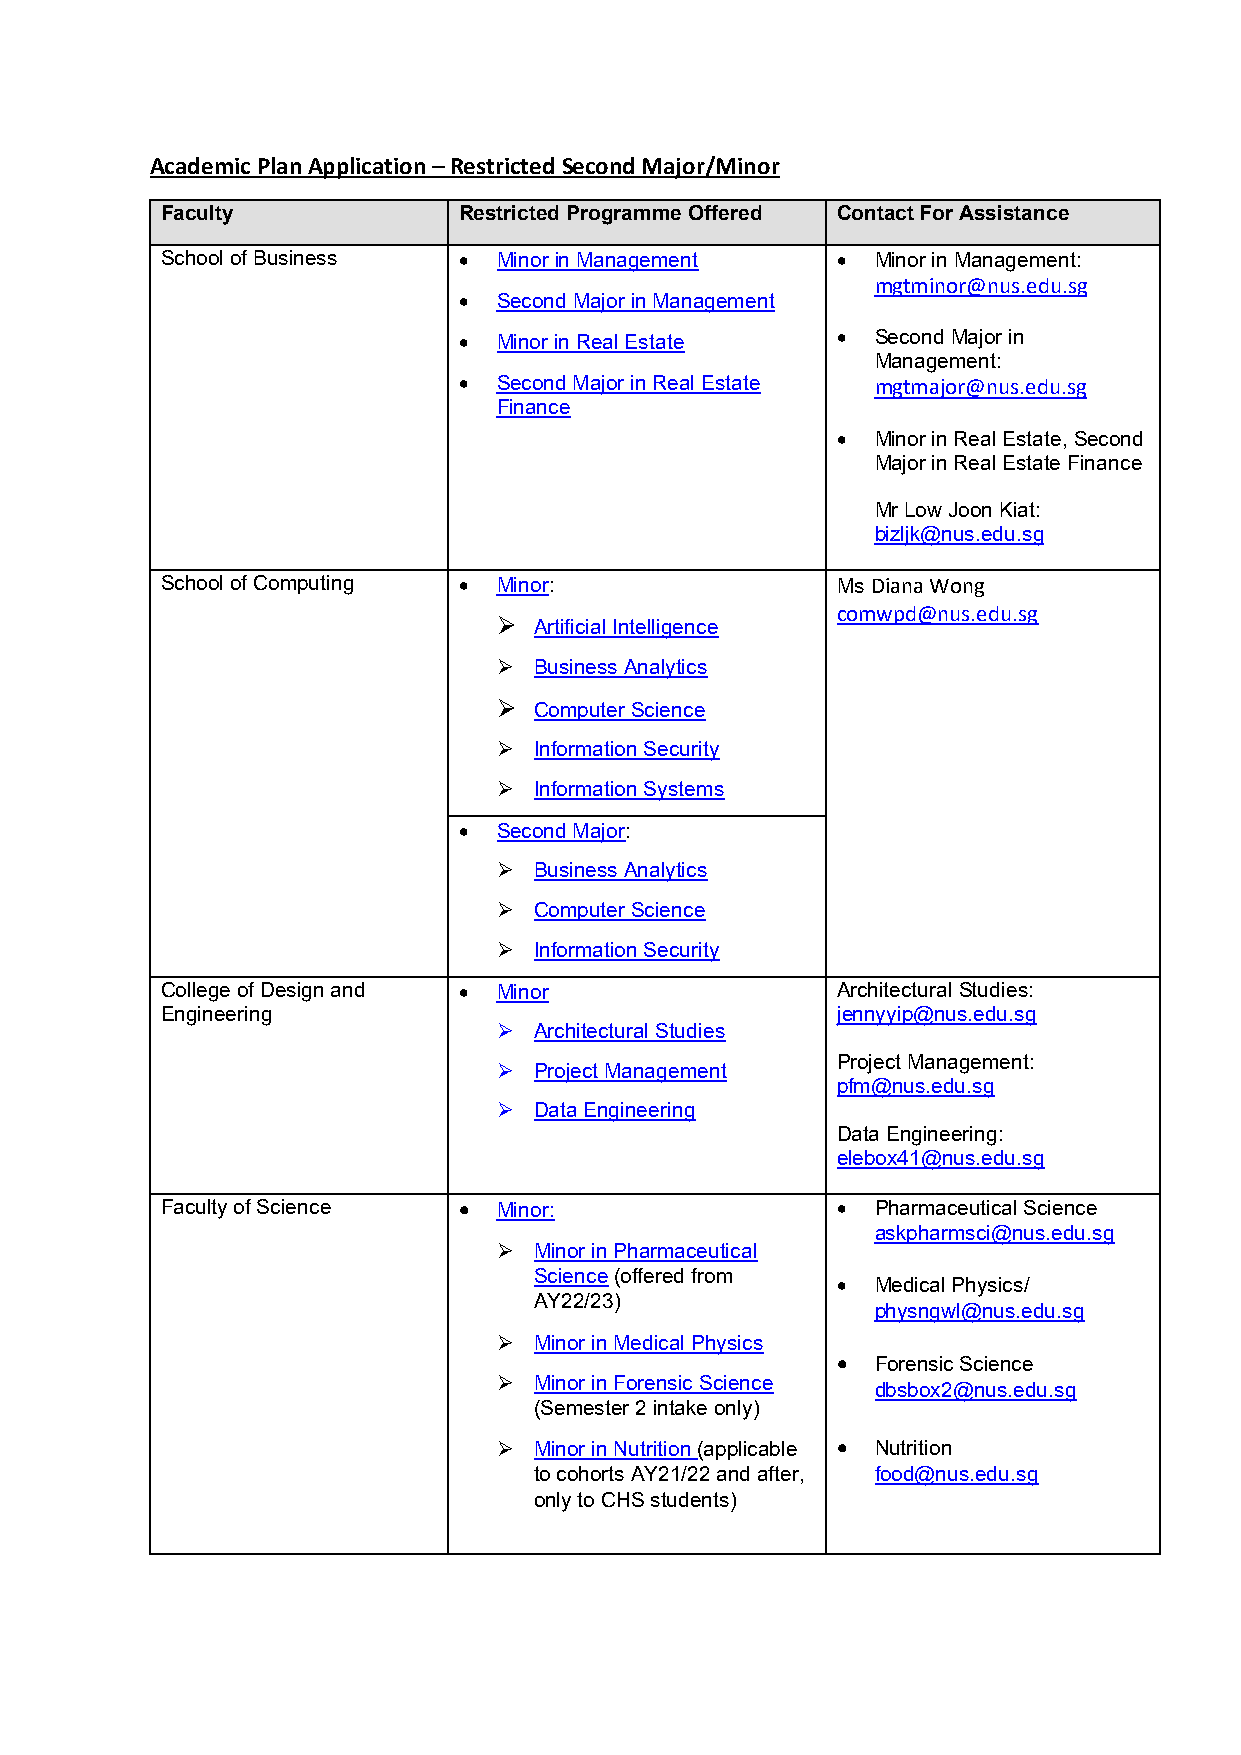
Academic Plan Application – Restricted Second Major/Minor
 Faculty            Restricted Programme Offered Contact For Assistance
 School of Business •  Minor in Management   •  Minor in Management:
 mgtminor@nus.edu.sg
 •  Second Major in Management
 •  Minor in Real Estate  •  Second Major in
 Management:
 •  Second Major in Real Estate mgtmajor@nus.edu.sg
 Finance
 •  Minor in Real Estate, Second
 Major in Real Estate Finance
 Mr Low Joon Kiat:
 bizljk@nus.edu.sg
 School of Computing • Minor:                Ms Diana Wong
 comwpd@nus.edu.sg
  Artificial Intelligence
  Business Analytics
  Computer Science
  Information Security
  Information Systems
 •  Second Major:
  Business Analytics
  Computer Science
  Information Security
 College of Design and • Minor               Architectural Studies:
 Engineering                                 jennyyip@nus.edu.sg
  Architectural Studies
 Project Management:
  Project Management
 pfm@nus.edu.sg
  Data Engineering
 Data Engineering:
 elebox41@nus.edu.sg
 Faculty of Science •  Minor:                •  Pharmaceutical Science
 askpharmsci@nus.edu.sg
  Minor in Pharmaceutical
 Science (offered from
 •  Medical Physics/
 AY22/23)
 physngwl@nus.edu.sg
  Minor in Medical Physics
 •  Forensic Science
  Minor in Forensic Science
 dbsbox2@nus.edu.sg
 (Semester 2 intake only)
  Minor in Nutrition (applicable • Nutrition
 to cohorts AY21/22 and after, food@nus.edu.sg
 only to CHS students)